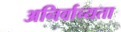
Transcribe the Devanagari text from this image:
अनिर्वाच्यता